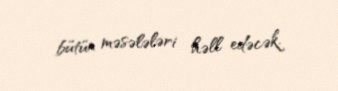
bütün məsələləri həll edəcək.